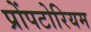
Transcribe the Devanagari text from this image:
प्रोंपटोरियम